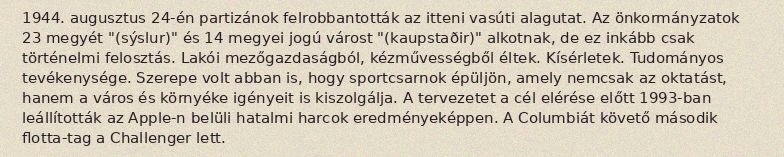
1944. augusztus 24-én partizánok felrobbantották az itteni vasúti alagutat. Az önkormányzatok 23 megyét "(sýslur)" és 14 megyei jogú várost "(kaupstaðir)" alkotnak, de ez inkább csak történelmi felosztás. Lakói mezőgazdaságból, kézművességből éltek. Kísérletek. Tudományos tevékenysége. Szerepe volt abban is, hogy sportcsarnok épüljön, amely nemcsak az oktatást, hanem a város és környéke igényeit is kiszolgálja. A tervezetet a cél elérése előtt 1993-ban leállították az Apple-n belüli hatalmi harcok eredményeképpen. A Columbiát követő második flotta-tag a Challenger lett.